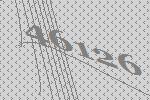
46126